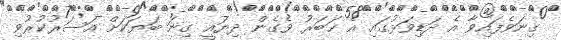
ގިނަވެފައިވާ އެ ދަޑިވަޅުގައި އެ ޚަބަރު ވެގެން ދިޔައީ ގިނަ ބަޔަކަށް އަސަރުކުރުވި